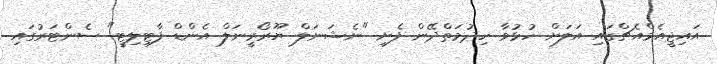
އައިޖީއެމްއެޗްގައި އަލަށް ހުޅުވާ ހިދުމަތްދޭން ފެށި "ނެޝަނަލް ޔޫރޯރީނަލް އެންޑް ފާޓިލިޓީ" ސެންޓަރުގައި